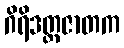
ဂိရိဒတ္တဇာတက